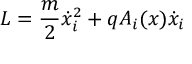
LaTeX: L = \frac { m } { 2 } \dot { x } _ { i } ^ { 2 } + q A _ { i } ( x ) \dot { x } _ { i }